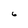
Character: 6